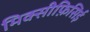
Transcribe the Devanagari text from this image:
मिक्सीफ़िसिई